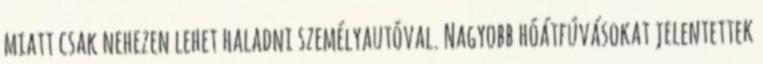
miatt csak nehezen lehet haladni személyautóval. Nagyobb hóátfúvásokat jelentettek